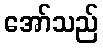
အော်သည်